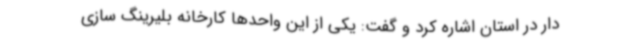
دار در استان اشاره کرد و گفت: یکی از این واحدها کارخانه بلیرینگ سازی